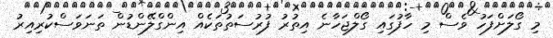
މި ގޯލަށްފަހު ވެސް މި ހާފުގައި ގޯލްޖަހާނެ އިތުރު ފުރުސަތުތަކެއް އިންގްލޭންޑުން ތަނަވަސްކުރިއިރު